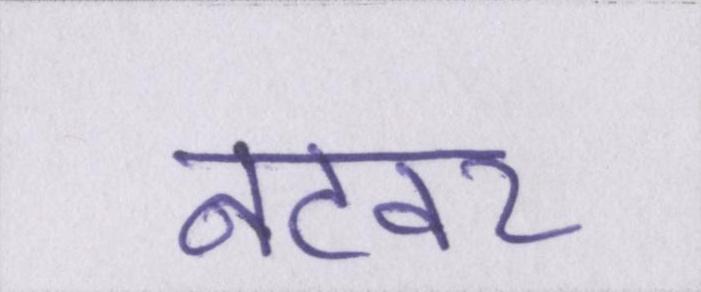
नटवर